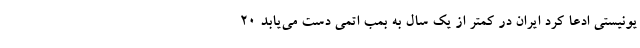
یونیستی ادعا کرد ایران در کمتر از یک سال به بمب اتمی دست می‌یابد ۲۰